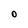
Character: O